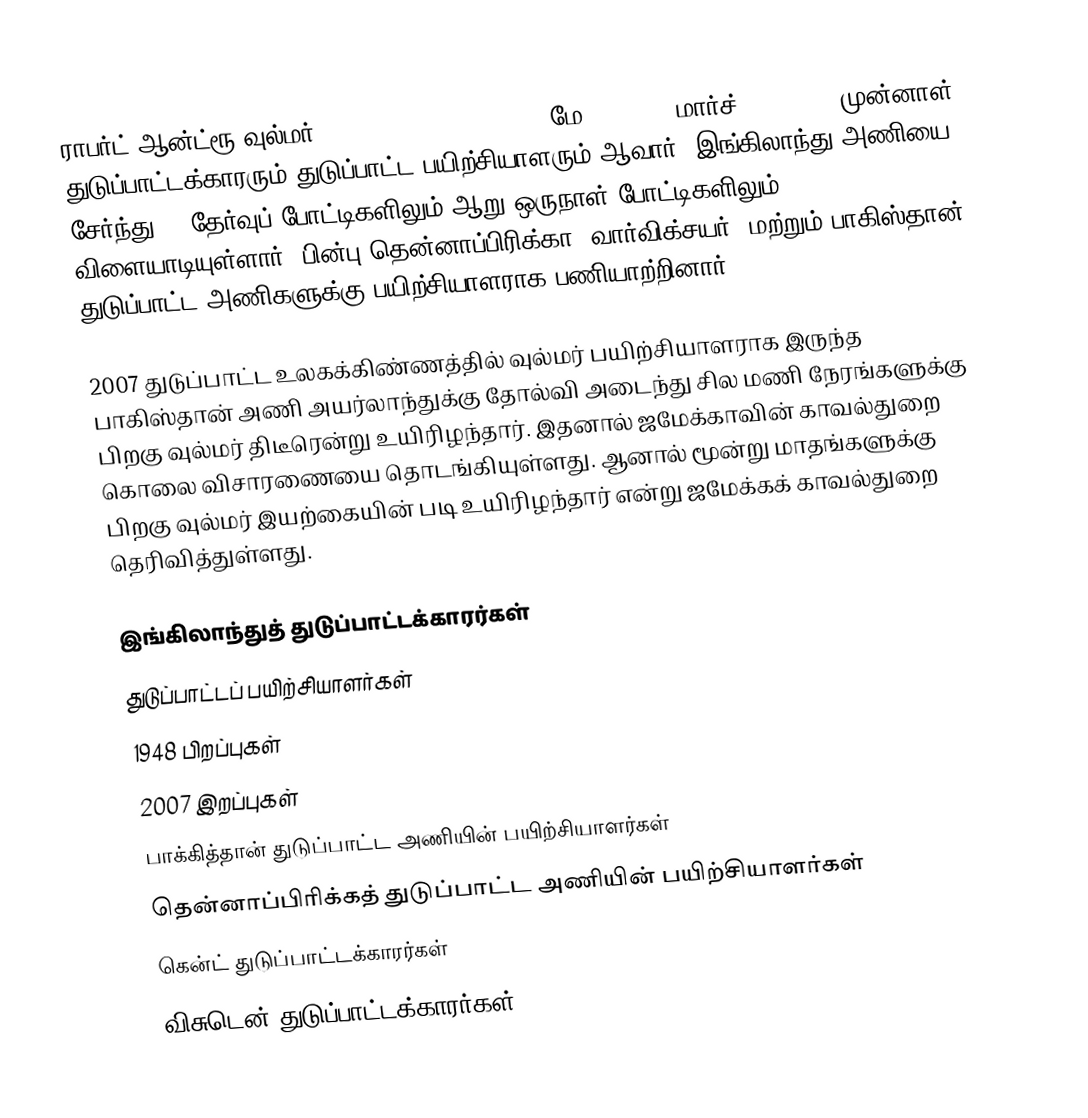
ராபர்ட் ஆன்ட்ரூ வுல்மர் (Robert Andrew Woolmer, மே 14, 1948-மார்ச் 18, 2007) முன்னாள் துடுப்பாட்டக்காரரும் துடுப்பாட்ட பயிற்சியாளரும் ஆவார். இங்கிலாந்து அணியை சேர்ந்து 19 தேர்வுப் போட்டிகளிலும் ஆறு ஒருநாள் போட்டிகளிலும் விளையாடியுள்ளார். பின்பு தென்னாப்பிரிக்கா, வார்விக்சயர், மற்றும் பாகிஸ்தான் துடுப்பாட்ட அணிகளுக்கு பயிற்சியாளராக பணியாற்றினார்.

2007 துடுப்பாட்ட உலகக்கிண்ணத்தில் வுல்மர் பயிற்சியாளராக இருந்த பாகிஸ்தான் அணி அயர்லாந்துக்கு தோல்வி அடைந்து சில மணி நேரங்களுக்கு பிறகு வுல்மர் திடீரென்று உயிரிழந்தார். இதனால் ஜமேக்காவின் காவல்துறை கொலை விசாரணையை தொடங்கியுள்ளது. ஆனால் மூன்று மாதங்களுக்கு பிறகு வுல்மர் இயற்கையின் படி உயிரிழந்தார் என்று ஜமேக்கக் காவல்துறை தெரிவித்துள்ளது.

இங்கிலாந்துத் துடுப்பாட்டக்காரர்கள்
துடுப்பாட்டப் பயிற்சியாளர்கள்
1948 பிறப்புகள்
2007 இறப்புகள்
பாக்கித்தான் துடுப்பாட்ட அணியின் பயிற்சியாளர்கள்
தென்னாப்பிரிக்கத் துடுப்பாட்ட அணியின் பயிற்சியாளர்கள்
கென்ட் துடுப்பாட்டக்காரர்கள்
விசுடென் துடுப்பாட்டக்காரர்கள்